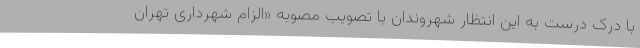
با درک درست به این انتظار شهروندان با تصویب مصوبه «الزام شهرداری تهران